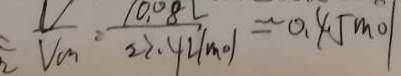
\frac { V } { V _ { m } } = \frac { 1 0 . 0 8 L } { 2 2 . 4 2 / m o l } \approx 0 . 4 5 m o l